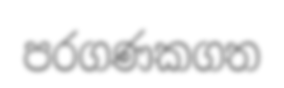
පරගණකගත